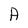
Character: A